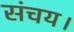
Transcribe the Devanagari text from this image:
संचय।